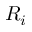
R _ { i }